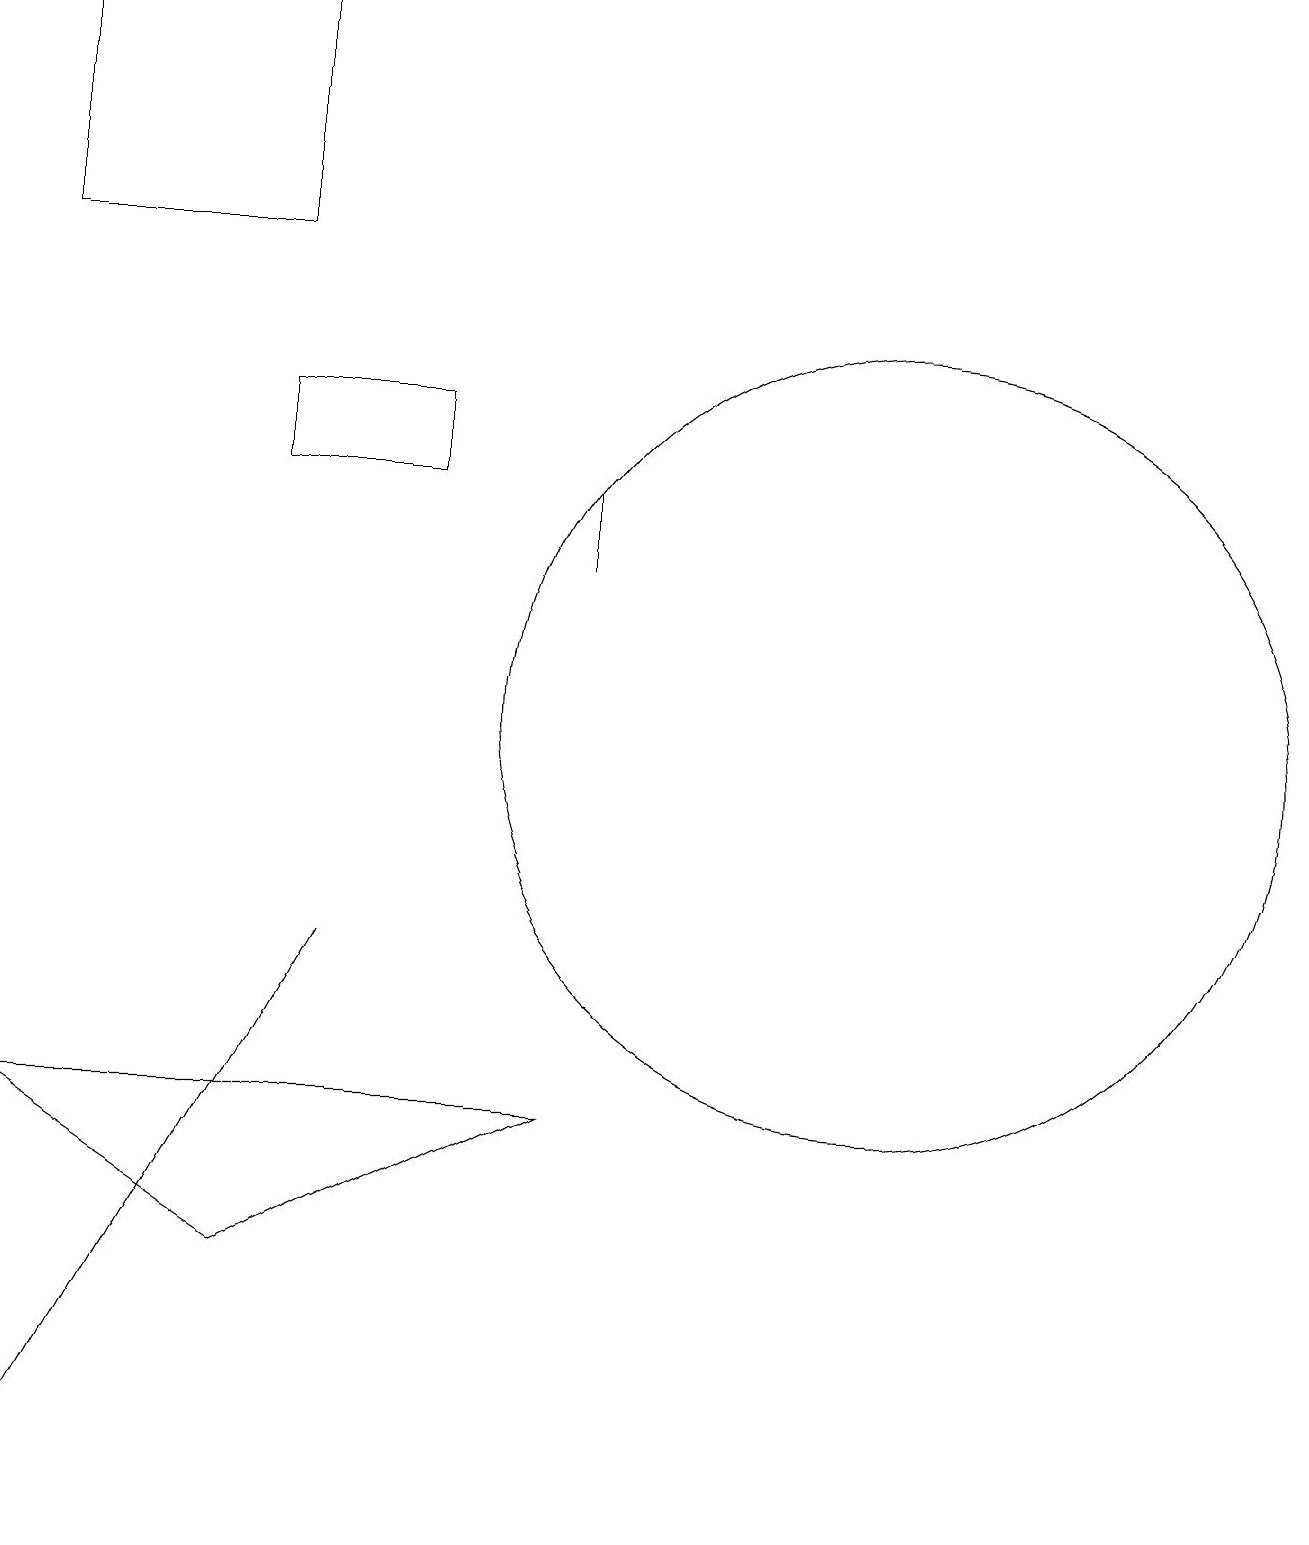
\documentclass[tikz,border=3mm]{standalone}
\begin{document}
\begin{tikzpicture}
\draw (0,0) -- (4,7) -- (0,0) -- cycle;
\draw (3,13) rectangle (5,14);
\draw (7,12) rectangle (7,13);
\draw (3,16) rectangle (0,19);
\draw (11,10) circle (5);
\draw (0,5) -- (7,5) -- (3,3) -- cycle;
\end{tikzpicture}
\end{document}